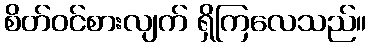
စိတ်ဝင်စားလျက် ရှိကြလေသည်။